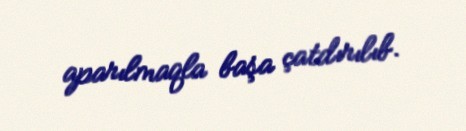
aparılmaqla başa çatdırılıb.